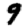
Digit: 9